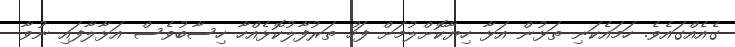
ގެއެއްގައެވެ. ހަމައެެކަނި ތަޅުން އަޅާ ހިޔާކޮށްލުމަށް ފަހު ތަރުފާލުކޮޅެއްހާ ހިސާބުވެސް އަޅާލާފައި ނުވާ